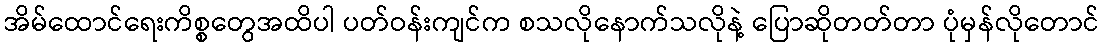
အိမ်ထောင်ရေးကိစ္စတွေအထိပါ ပတ်ဝန်းကျင်က စသလိုနောက်သလိုနဲ့ ပြောဆိုတတ်တာ ပုံမှန်လိုတောင်